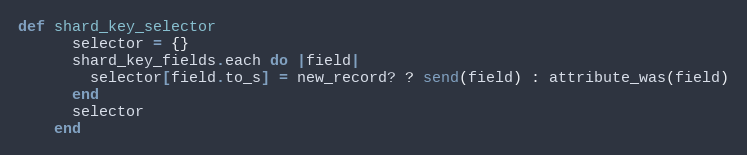
Language: Ruby
def shard_key_selector
      selector = {}
      shard_key_fields.each do |field|
        selector[field.to_s] = new_record? ? send(field) : attribute_was(field)
      end
      selector
    end